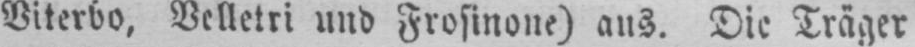
Viterbo, Velletri und Frosinone) aus. Die Träger